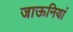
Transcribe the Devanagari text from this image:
जाऊनियां